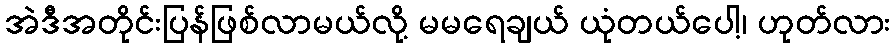
အဲဒီအတိုင်းပြန်ဖြစ်လာမယ်လို့ မမရေချယ် ယုံတယ်ပေါ့၊ ဟုတ်လား